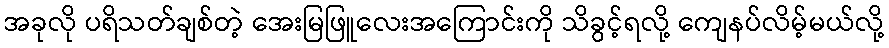
အခုလို ပရိသတ်ချစ်တဲ့ အေးမြဖြူလေးအကြောင်းကို သိခွင့်ရလို့ ကျေနပ်လိမ့်မယ်လို့